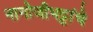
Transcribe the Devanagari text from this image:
नागोजीभट्टांचे